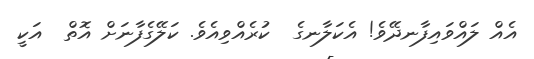
އެއް ލައްވައިފާނދޭވެ! އެކަލާނގެ  ކުރެއްވިއެވެ. ކަލޭގެފާނަށް އޮތް  އަކީ